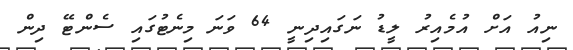
ނިއު އަށް އުމެއިރު ލީޑު ނަގައިދިނީ 64 ވަނަ މިނެޓުގައި ސެންޓޭ ދިން